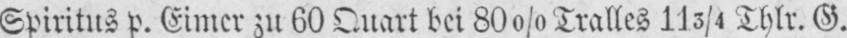
Spiritus p. Eimer zu 60 Quart bei 80% Tralles 113/4 Thlr. G.